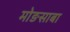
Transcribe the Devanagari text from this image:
मोङसाबा